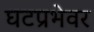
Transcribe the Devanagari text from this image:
घटप्रभेवर